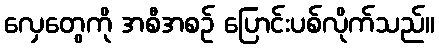
လှေတွေကို အစီအစဉ် ပြောင်းပစ်လိုက်သည်။